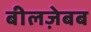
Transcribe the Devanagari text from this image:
बीलज़ेबब